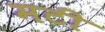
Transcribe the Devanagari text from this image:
मटी